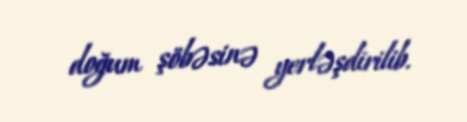
doğum şöbəsinə yerləşdirilib.